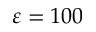
\varepsilon = 1 0 0